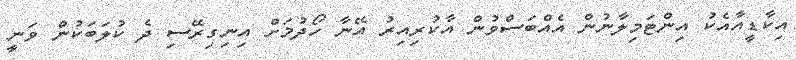
އިކާޑީއާއެކު އިންޓަމިލާނުން އެއްބަސްވުން އާކުރިއިރު އޭނާ ހޯދުމަށް އިނިގިރޭސި ދެ ކުލަބަކުން ވަނީ